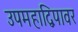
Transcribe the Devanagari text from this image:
उपमहाद्विपावर